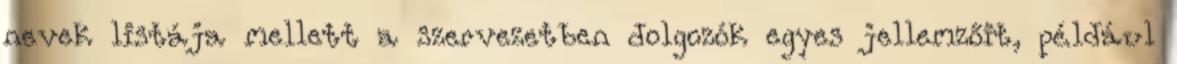
nevek listája mellett a szervezetben dolgozók egyes jellemzőit, például